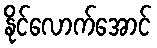
နိုင်လောက်အောင်